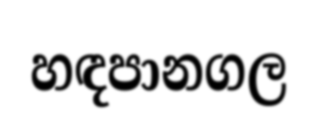
හඳපානගල